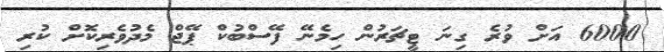
6000 އަށް ވުރެ ގިނަ ޓީޗަރުން ހިމެނޭ ފޭސްބުކް ޕޭޖް މެދުވެރިކޮށް ކުރި